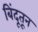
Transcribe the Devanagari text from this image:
बिंदूतून